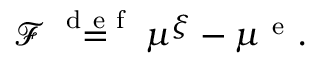
\mathcal { F } \overset { \mathrm { ~ d ~ e ~ f ~ } } { = } \mu ^ { \xi } - \mu ^ { \mathrm { ~ e ~ } } .